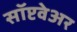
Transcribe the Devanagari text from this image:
सॉप्टवेअर